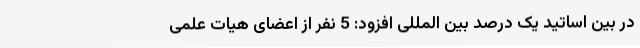
در بین اساتید یک درصد بین المللی افزود: 5 نفر از اعضای هیات علمی